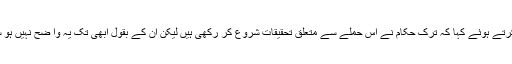
بن علی یلدرم نے صحافیوں سے بات کرتے ہوئے کہا کہ ترک حکام نے اس حملے سے متعلق تحقیقات شروع کر رکھی ہیں لیکن ان کے بقول ابھی تک یہ وا ضح نہیں ہو سکا کہ اس حملے کا ذمہ دار کون ہے۔